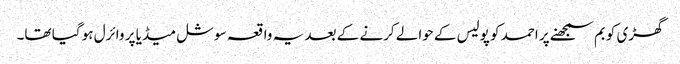
گھڑی کو بم سمجھنے پر احمد کو پولیس کے حوالے کرنے کے بعد یہ واقعہ سوشل میڈیا پر وائرل ہو گیا تھا۔